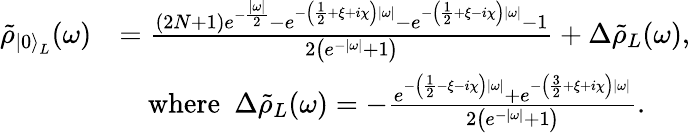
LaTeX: \begin{array}{rl}{\tilde{\rho}_{{\left|0\right\rangle}_{L}}(\omega)}&{=\frac{(2N+1)e^{-\frac{|\omega|}{2}}-e^{-\left(\frac 12+\xi+i\chi\right)|\omega|}-e^{-\left(\frac 12+\xi-i\chi\right)|\omega|}-1}{2\left(e^{-|\omega|}+1\right)}+\Delta\tilde{\rho}_{L}(\omega),}\\ &{\quad\mathrm{where~}~\Delta\tilde{\rho}_{L}(\omega)=-\frac{e^{-\left(\frac{1}{2}-\xi-i\chi\right)|\omega|}+e^{-\left(\frac{3}{2}+\xi+i\chi\right)|\omega|}}{2\left(e^{-|\omega|}+1\right)}.}\end{array}